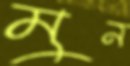
মুন